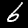
Label: 6